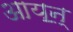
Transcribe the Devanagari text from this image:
आय॒न्